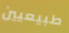
طبيعيين